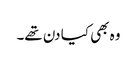
وہ بھی کیا دن تھے۔